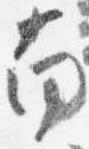
南